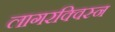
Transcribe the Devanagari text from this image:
लागरक्विस्न